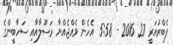
ފެބްރުއަރީ 27